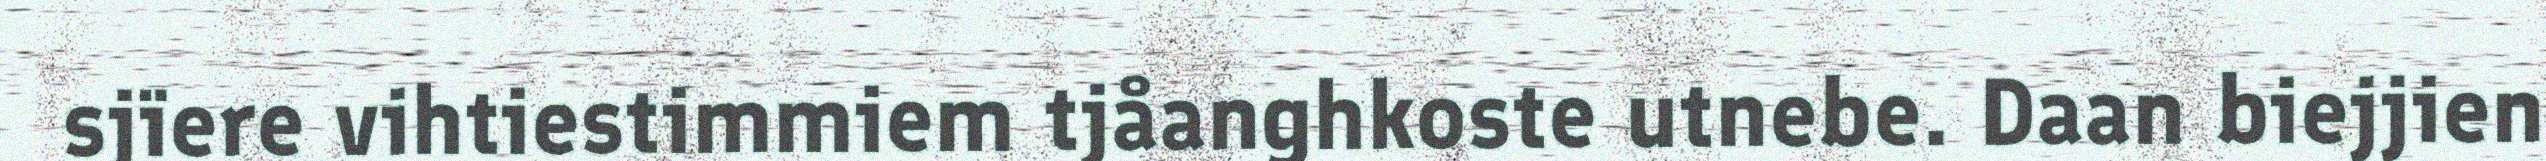
sjïere vihtiestimmiem tjåanghkoste utnebe. Daan biejjien